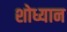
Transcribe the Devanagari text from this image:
शोध्यान